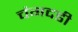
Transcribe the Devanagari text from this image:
चंगदडी